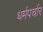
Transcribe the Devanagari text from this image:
धर्मपर्चार